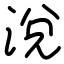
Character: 涗